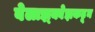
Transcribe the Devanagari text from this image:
वेलाझ्क्वेझकडून